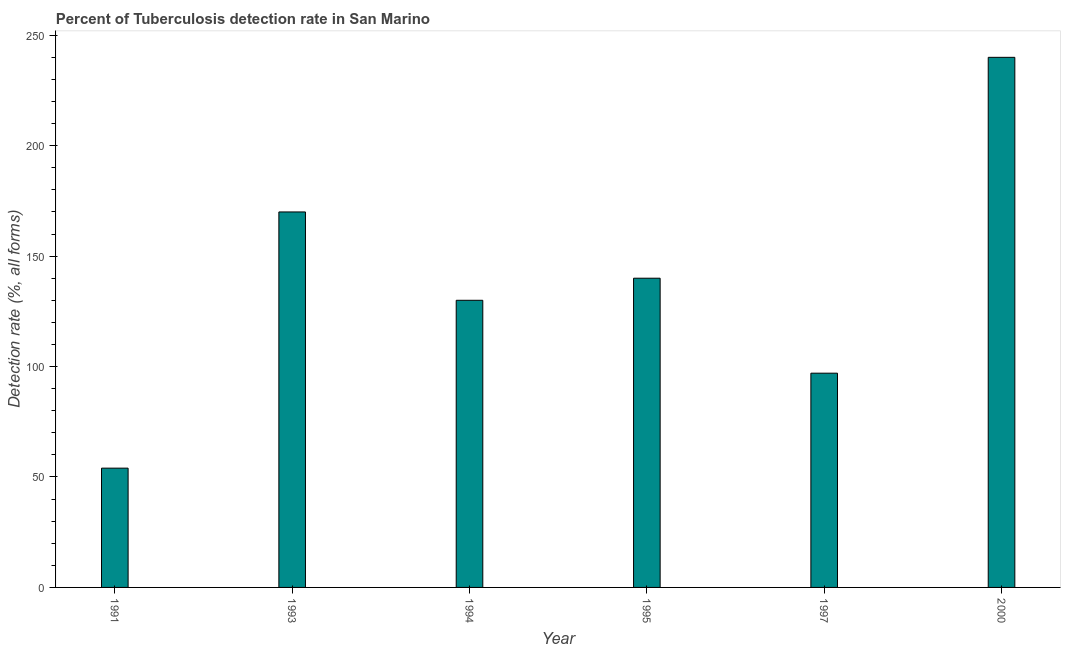
| Year | Tuberculosis case detection rate |
 | --- | --- |
 | 1991 | 54 |
 | 1993 | 170 |
 | 1994 | 130 |
 | 1995 | 140 |
 | 1997 | 97 |
 | 2000 | 240 |